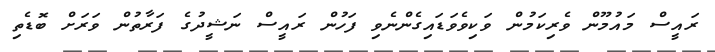
ރައީސް މައުމޫން ވެރިކަމުން ވަކިވެވަޑައިގެންނެވި ފަހުން ރައީސް ނަޝީދުގެ ފަރާތުން ވަރަށް ބޮޑެތި